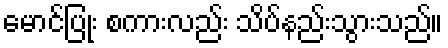
မောင်ပြုံး စကားလည်း သိပ်နည်းသွားသည်။